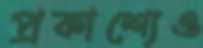
প্রকাশ্যেও